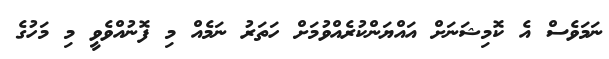
ނަމަވެސް އެ ކޮމިޝަނަށް އައްޔަންކުރެއްވުމަށް ހަތަރު ނަމެއް މި ފޮނުއްވެވީ މި މަހުގެ